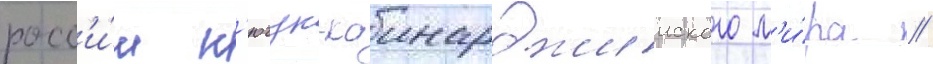
росс'и́и к'ючук-каинарджииского м'и́ра //